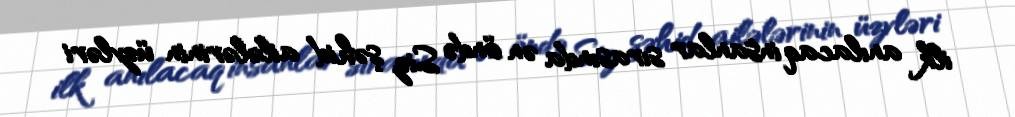
ilk anılacaq insanlar sırasında ən öndə Siz şəhid ailələrinin üzvləri